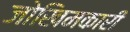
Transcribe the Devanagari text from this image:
जोखिमकारी